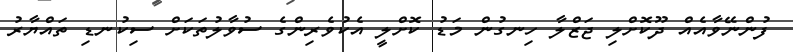
ފުންނޭވާއެއް ދޫކޮށްލި ޖަޒްލާ ހިނގުން މަޑު ކޮށްލީ އެކުވެރިންގެ ސުވާލުތަކަށް ސިކުނޑި ތައްޔާރު